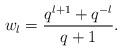
LaTeX: \begin{align*}w_{l} = \frac{q^{l+1} + q^{-l}}{q + 1}.\end{align*}